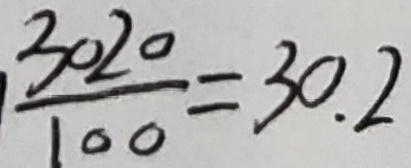
\frac { 3 0 2 0 } { 1 0 0 } = 3 0 . 2